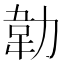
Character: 𭄵